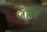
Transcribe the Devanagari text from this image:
जॉब्ज